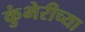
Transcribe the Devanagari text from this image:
कुंभेरीच्या